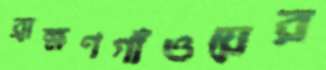
ব্রাক্ষণগাঁওয়ের